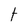
Character: t